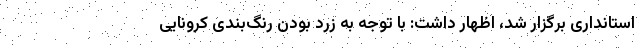
استانداری برگزار شد، اظهار داشت: با توجه به زرد بودن رنگ‌بندی کرونایی